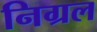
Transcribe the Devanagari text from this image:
निग्रल